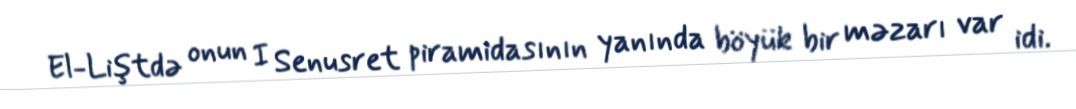
El-Liştdə onun I Senusret piramidasının yanında böyük bir məzarı var idi.